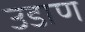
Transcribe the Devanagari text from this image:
उडाण